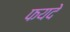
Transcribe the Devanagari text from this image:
फयदे